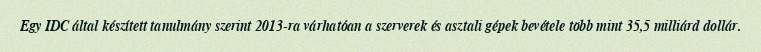
Egy IDC által készített tanulmány szerint 2013-ra várhatóan a szerverek és asztali gépek bevétele több mint 35,5 milliárd dollár.